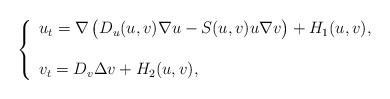
LaTeX: \begin{align*}\left\{\begin{array}{l} u_t = \nabla \, \big(D_u(u,v) \nabla u - S(u,v) u \nabla v\big)+H_1(u,v), {} \\ [15pt] v_t = D_v \Delta v + H_2(u,v),\end{array} \right.\end{align*}